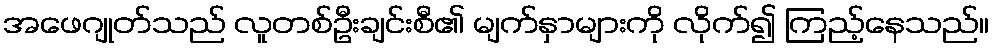
အဖေဂျုတ်သည် လူတစ်ဦးချင်းစီ၏ မျက်နှာများကို လိုက်၍ ကြည့်နေသည်။